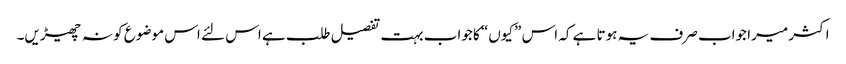
اکثر میرا جواب صرف یہ ہوتا ہے کہ اس ”کیوں“ کا جواب بہت تفصیل طلب ہے اس لئے اس موضوع کو نہ چھیڑیں۔